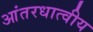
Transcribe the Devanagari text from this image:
आंतरधात्वीय